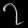
Digit: ၇